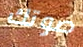
صوتك